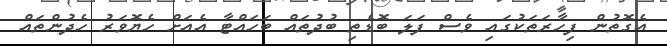
އެގޮތުން ފިހާރަތަކުގައި ވެސް ފަލަ ބޮޑެތި ބުދުތައް ބަހައްޓާ އެއަށް ހެޔޮވަރު ހެދުންތައް